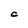
Character: C